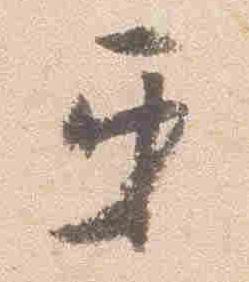
互